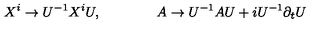
X ^ { i } \to U ^ { - 1 } X ^ { i } U , \qquad \qquad A \to U ^ { - 1 } A U + i U ^ { - 1 } \partial _ { t } U